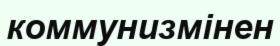
коммунизмінен